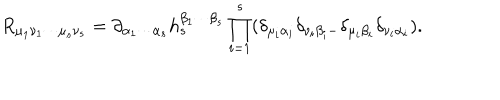
LaTeX: R _ { \mu _ { 1 } \nu _ { 1 } \cdots \mu _ { s } \nu _ { s } } = \partial _ { \alpha _ { 1 } \cdots \alpha _ { s } } h _ { s } ^ { \beta _ { 1 } \cdots \beta _ { s } } \prod _ { i = 1 } ^ { s } ( \delta _ { \mu _ { i } \alpha _ { i } } ^ { { } } \delta _ { \nu _ { i } \beta _ { i } - } \delta _ { \mu _ { i } \beta _ { i } } ^ { { } } \delta _ { \nu _ { i } \alpha _ { i } } ) .